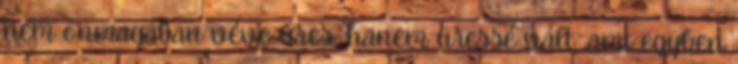
nem önmagában véve üres, hanem üressé vált, ami egyben